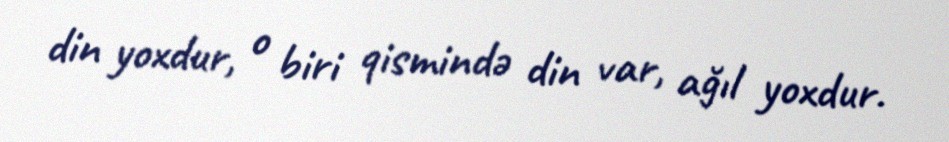
din yoxdur, o biri qismində din var, ağıl yoxdur.